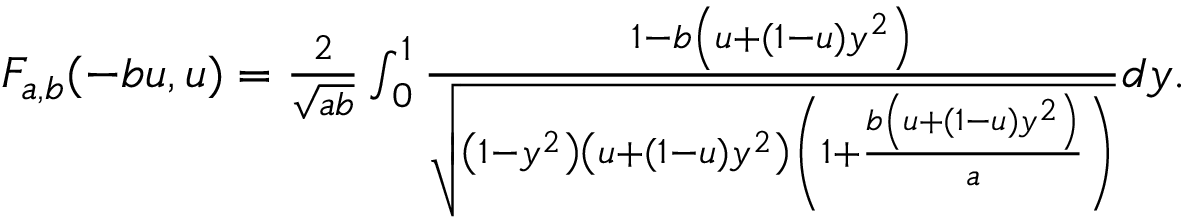
\begin{array} { r } { F _ { a , b } ( - b u , u ) = \frac { 2 } { \sqrt { a b } } \int _ { 0 } ^ { 1 } \frac { 1 - b \left( u + ( 1 - u ) y ^ { 2 } \right) } { \sqrt { \left( 1 - y ^ { 2 } \right) \left( u + ( 1 - u ) y ^ { 2 } \right) \left( 1 + \frac { b \left( u + ( 1 - u ) y ^ { 2 } \right) } { a } \right) } } d y . } \end{array}